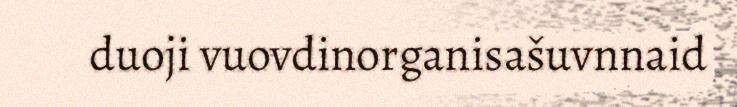
duoji vuovdinorganisašuvnnaid